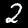
Label: 2